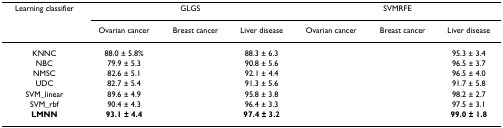
<table><thead><tr><td><b>Learning classifier</b></td><td colspan="3"><b>GLGS</b></td><td colspan="3"><b>SVMRFE</b></td></tr><tr><td>[EMPTY_CELL]</td><td><b>Ovarian cancer</b></td><td><b>Breast cancer</b></td><td><b>Liver disease</b></td><td><b>Ovarian cancer</b></td><td><b>Breast cancer</b></td><td><b>Liver disease</b></td></tr></thead><tbody><tr><td>KNNC</td><td>88.0 ± 5.8%</td><td>[EMPTY_CELL]</td><td>88.3 ± 6.3</td><td>[EMPTY_CELL]</td><td>[EMPTY_CELL]</td><td>95.3 ± 3.4</td></tr><tr><td>NBC</td><td>79.9 ± 5.3</td><td>[EMPTY_CELL]</td><td>90.8 ± 5.6</td><td>[EMPTY_CELL]</td><td>[EMPTY_CELL]</td><td>96.5 ± 3.7</td></tr><tr><td>NMSC</td><td>82.6 ± 5.1</td><td>[EMPTY_CELL]</td><td>92.1 ± 4.4</td><td>[EMPTY_CELL]</td><td>[EMPTY_CELL]</td><td>96.5 ± 4.0</td></tr><tr><td>UDC</td><td>82.7 ± 5.4</td><td>[EMPTY_CELL]</td><td>91.3 ± 5.6</td><td>[EMPTY_CELL]</td><td>[EMPTY_CELL]</td><td>91.7 ± 5.8</td></tr><tr><td>SVM_linear</td><td>89.6 ± 4.9</td><td>[EMPTY_CELL]</td><td>95.8 ± 3.8</td><td>[EMPTY_CELL]</td><td>[EMPTY_CELL]</td><td>98.2 ± 2.7</td></tr><tr><td>SVM_rbf</td><td>90.4 ± 4.3</td><td>[EMPTY_CELL]</td><td>96.4 ± 3.3</td><td>[EMPTY_CELL]</td><td>[EMPTY_CELL]</td><td>97.5 ± 3.1</td></tr><tr><td><b>LMNN</b></td><td><b>93.1 ± 4.4</b></td><td>[EMPTY_CELL]</td><td><b>97.4 ± 3.2</b></td><td>[EMPTY_CELL]</td><td>[EMPTY_CELL]</td><td><b>99.0 ± 1.8</b></td></tr></tbody></table>